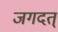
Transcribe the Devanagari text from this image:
जगदत्